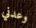
وعدني